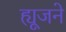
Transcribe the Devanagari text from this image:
ह्यूजने